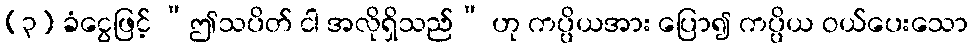
(၃) ခံငွေဖြင့် “ဤသပိတ် ငါ အလိုရှိသည်” ဟု ကပ္ပိယအား ပြော၍ ကပ္ပိယ ဝယ်ပေးသော